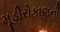
મૂડીરોકાણની